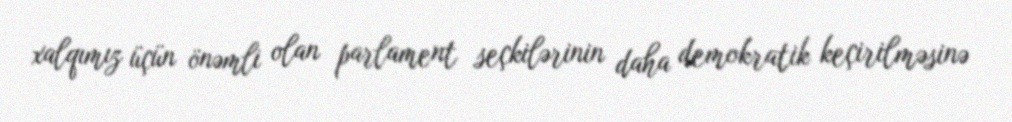
xalqımız üçün önəmli olan parlament seçkilərinin daha demokratik keçirilməsinə